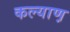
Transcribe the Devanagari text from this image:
कल्याण़